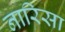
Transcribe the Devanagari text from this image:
नारिसा